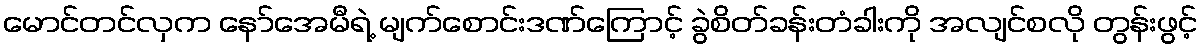
မောင်တင်လှက နော်အေမီရဲ့ မျက်စောင်းဒဏ်ကြောင့် ခွဲစိတ်ခန်းတံခါးကို အလျင်စလို တွန်းဖွင့်